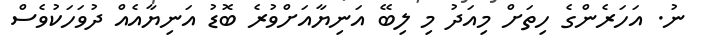
ނު. އަހަރެންގެ ހިތަށް މިއަދު މި ލިބޭ އަނިޔާއަށްވުރެ ބޮޑު އަނިޔާއެއް ދުވަހަކުވެސް